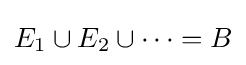
E_{1}\cup E_{2}\cup \cdots =B